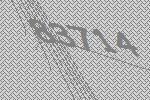
83714